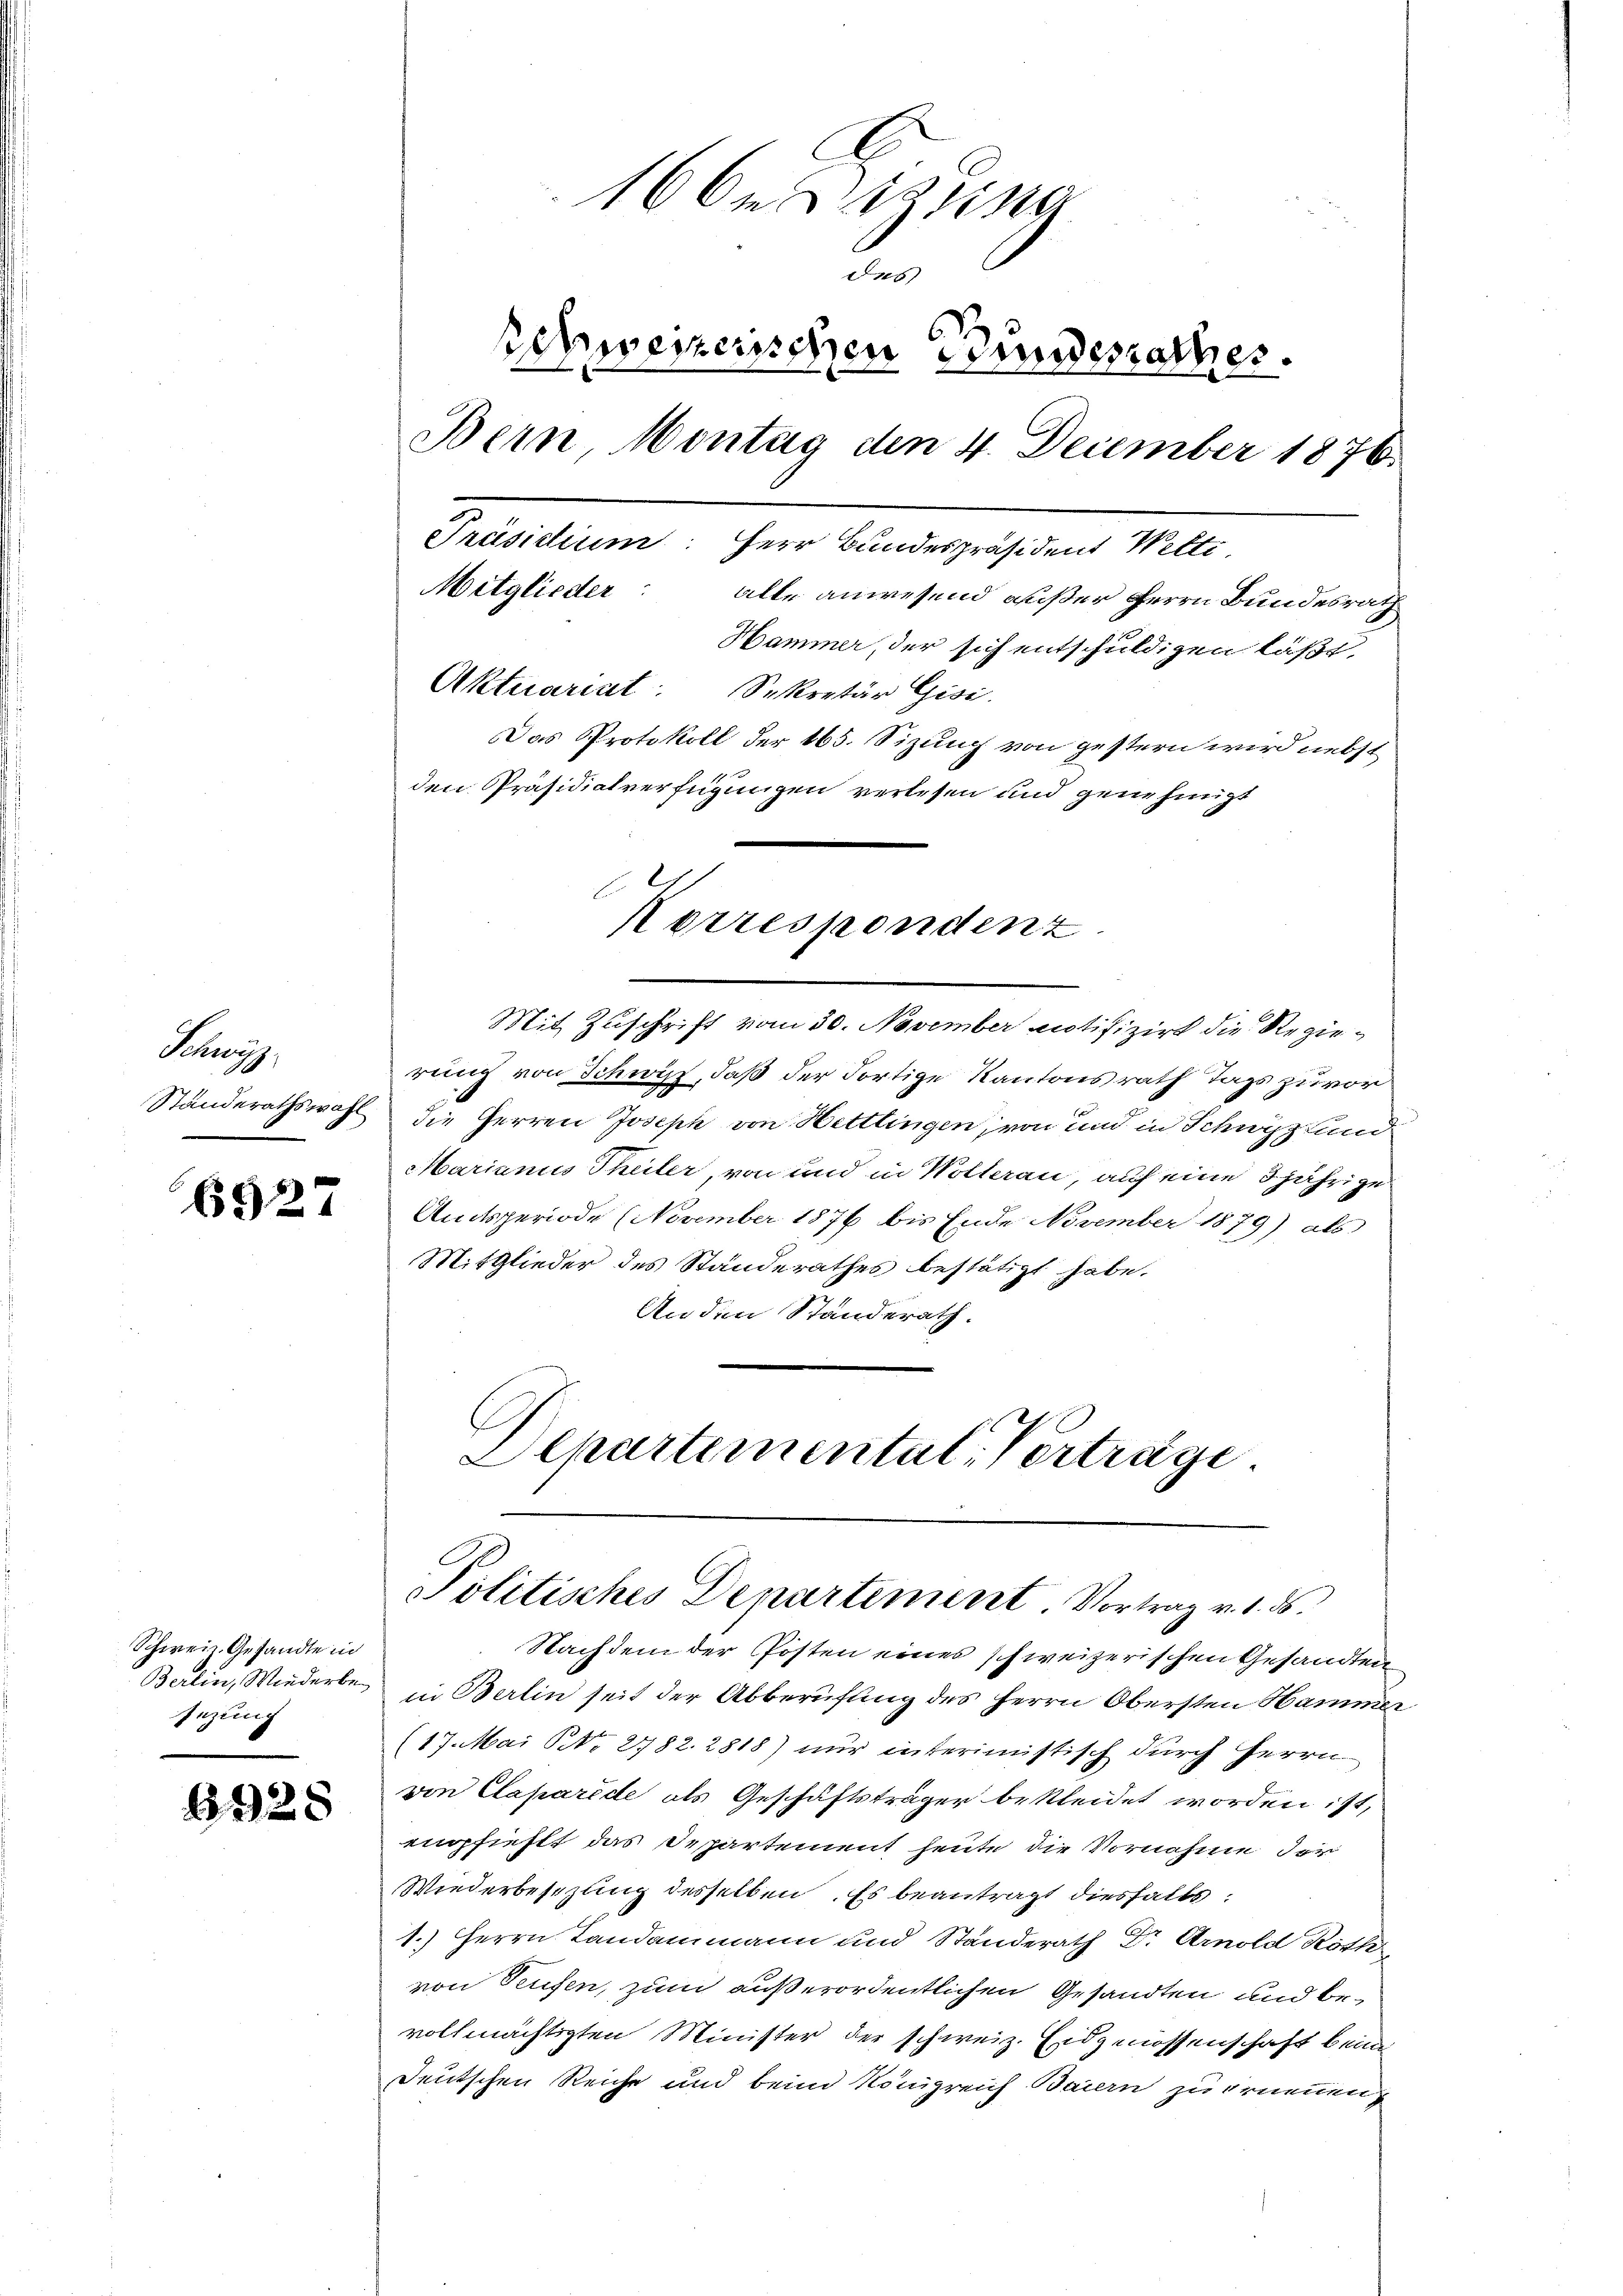
Paren,

6527

Schweiz. Gesandte in
Berlin, Wiederbesezung

328

16 des seine
das
Schweizerischen Bundesrathes.
Bern, Montag den 4. December 1876.
Präsidium. Herr Bundespräsident Welti.
Mitglieder: alle anwesend außer Herrn Bundesrath
Hammer, der sich entschuldigen läßt
Aktuariat. Sekretär Gisi
Das Protokoll der 165. Sizung von gestern wird nebst
den Präsidialverfügungen verlesen und genehmigt

Mit Zuschrift vom 30. November antifizirt die Regierung von Schwitz, daß der Fortige Kantonsrath Tags zuvor
Ständerathswahl die Herren Joseph von Hettlingen, von und in Schwyz fund
Marianus Theiler, von und in Wollerau, auf eine 3 jährige
Amtsperiode November 1876 bis Ende November 1879) als
Mitglieder des Standerathes bestätigt habe.
An den Standerath.
Departemental-Verträge

c
Korrespendenz

Politisches Departement. Vortrag v. 1. ds.

Nachdem der Posten eines schweizerischen Gesandten
in Berlin seit der Abberufung des Herrn Obersten Hamme
(17. Mai NNo. 2782. 2818) nur interimistisch durch Herrn
von Claparide als Geschäftsträger bekleidet worden ist,
empfiehlt das Departement heute die Vornahme der
Wiederbesezung desselben. Es beantragt diesfalls:
1.) Herrn Landammann und Ständerath Dr Arnold Röck
von Teufen, zum außerordentlichen Gesandten und bevollmächtigten Minister der schweiz. Eidgenossenschaft beim
Deutschen Reiche und beim Königreich Baiern zu erneuen

2